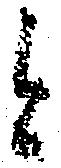
と